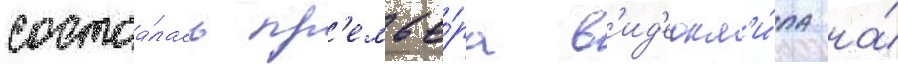
состоа́лась пр'емье́ра в'ид'еокл'и́па на́